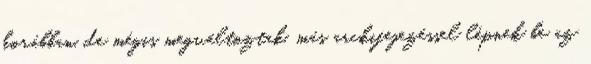
korábban, de mégis megváltoztak, más arckifejezéssel lépnek be az